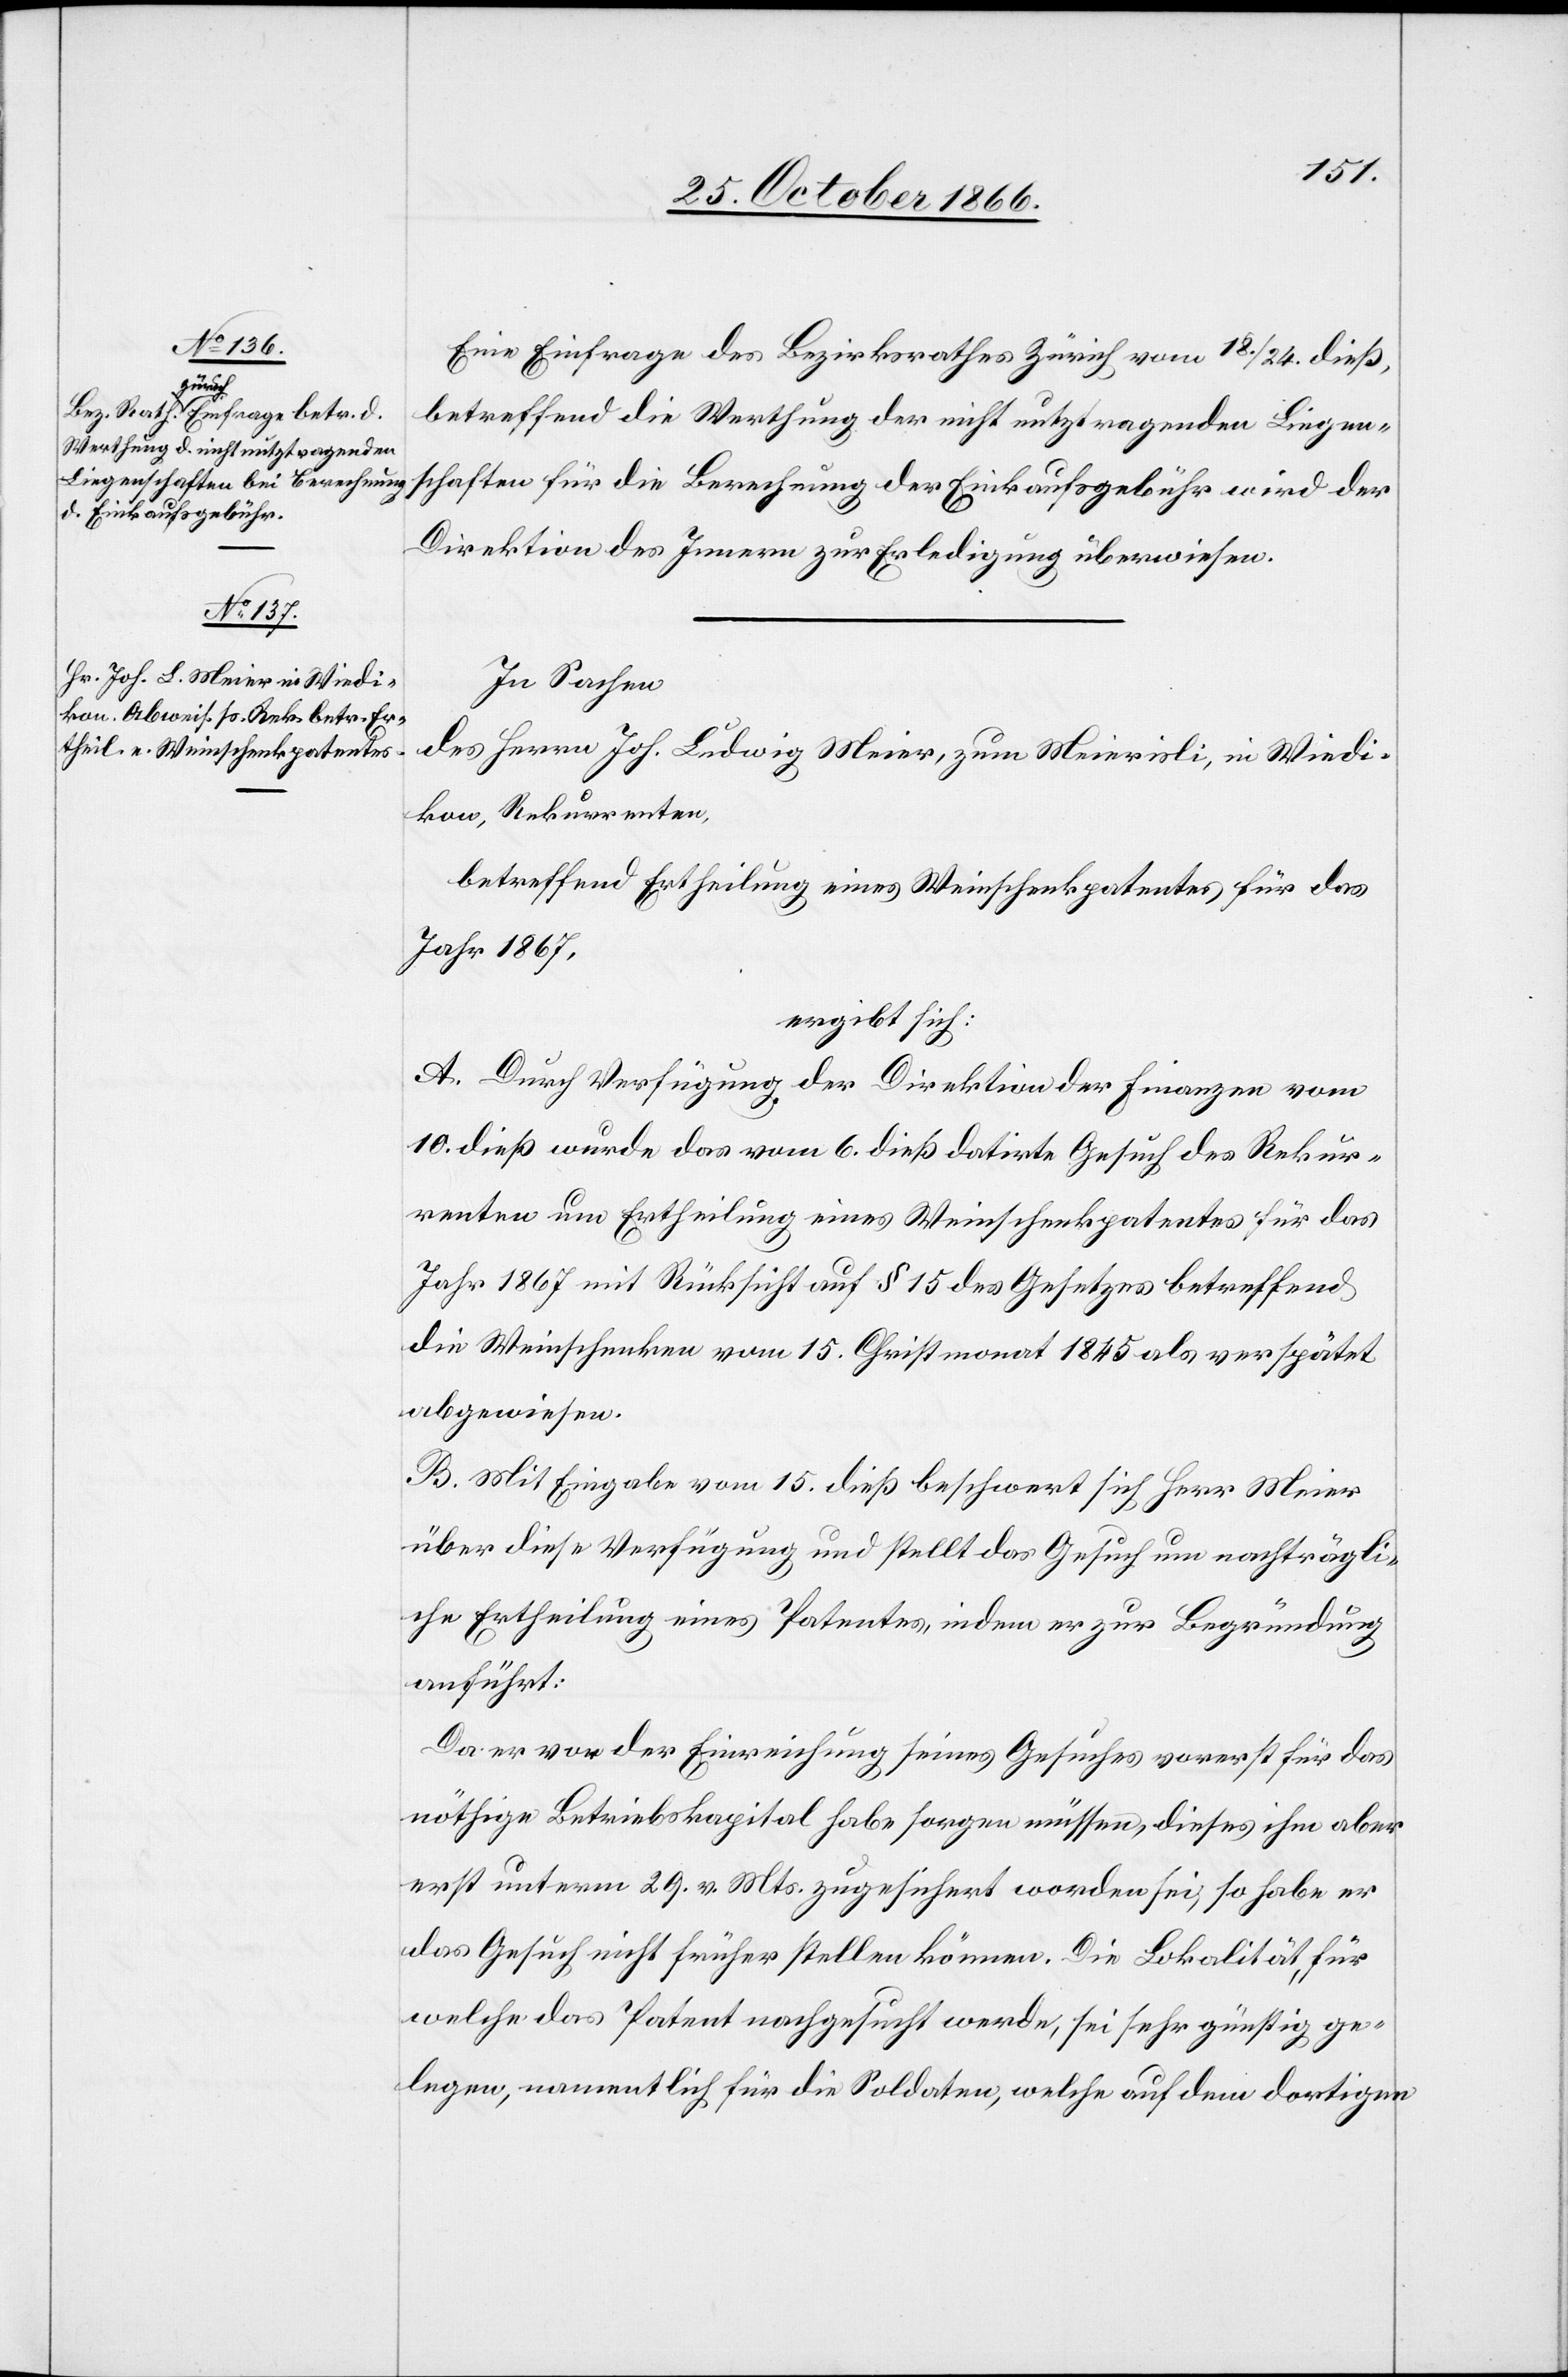
Eine Einfrage des Bezirksrathes Zürich vom 18./24. dieß,
betreffend die Werthung der nicht nutztragenden Liegen¬
schaften für die Berechnung der Einkaufsgebühr wird der
Direktion des Innern zur Erledigung überwiesen.
In Sachen
des Herrn Joh. Ludwig Meier, zum Meierisli, in Wiedi¬
kon, Rekurrenten
betreffend Ertheilung eines Weinschenkpatentes für das
Jahr 1867,
ergibt sich:
A. Durch Verfügung der Direktion der Finanzen vom
10. dieß wurde das vom 6. dieß datirte Gesuch des Rekur¬
renten um Ertheilung eines Weinschenkpatentes für das
Jahr 1867 mit Rücksicht auf § 15 des Gesetzes betreffend
die Weinschenken vom 15. Christmonat 1845 als verspätet
abgewiesen.
B. Mit Eingabe vom 15. dieß beschwert sich Herr Meier
über diese Verfügung und stellt das Gesuch um nachträgli¬
che Ertheilung eines Patentes, indem er zur Begründung
anführt:
Da er vor der Einreichung seines Gesuches vorerst für das
nöthige Betriebskapital habe sorgen müssen, dieses ihm aber
erst unterm 29. v. Mts. zugesichert worden sei, so habe er
das Gesuch nicht früher stellen können. Die Lokalität, für
welche das Patent nachgesucht werde, sei sehr günstig ge¬
legen, namentlich für die Soldaten, welche auf dem dortigen